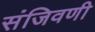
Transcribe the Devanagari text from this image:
संजिवणी